Vaccination returns of the Province of Eastern Bengal and Assam - 1905-1912
Year: 1905
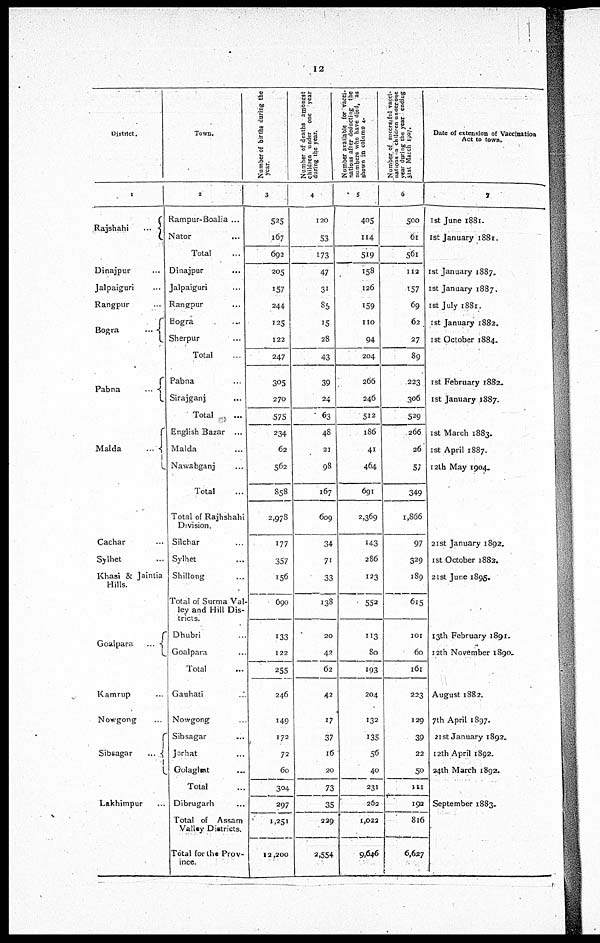
12
District.
1
Rajshahi...
Dinajpur...
Jalpaiguri...
Rangpur...
Bogra...
Pabna...
Malda...
Cachar...
Sylhet...
Khasi & Jaintia
Hills.
Goalpara...
Kamrup...
Nowgong
Sibsagar...
Lakhimpur...
Town.
2
Rampur-Boalia ...
Nator... ...
Total...
Dinajpur...
Jalpaiguri...
Rangpur...
Bogra...
Sherpur...
Total...
Pabna...
Sirajganj...
Total...
English Bazar ...
Malda...
Nawabganj...
Total...
Total of Rajhshahi
Division.
Silchar...
Sylhet...
Shillong...
Total of Surma Val-
ley and Hill Dis-
tricts.
Dhubri...
Goalpara...
Total...
Gaubati...
Nowgong...
Sibsagar...
Jorhat...
Golaghat...
Total...
Dibrugarh...
Total of Assam
Valley Districts.
Total for the Prov-
ince.
Number of births during the
year.
3
525
167
692
205
157
244
125
122
247
305
270
575
234
62
562
858
2,978
177
357
156
690
133
122
255
246
149
172
72
60
304
297
1,251
12,200
Number of deaths amongst
children under one year
during the year.
4
120
53
173
47
31
85
15
28
43
39
24
63
48
21
98
167
609
34
71
33
138
20
42
62
42
17
37
16
20
73
35
229
2,554
Number available for vacci-
nations after deducting the
numbers who have died, as
shown in column 4.
5
405
114
519
158
126
159
110
94
204
266
246
512
186
41
464
691
2,369
143
286
123
552
113
80
193
204
132
135
56
40
231
262
1,022
9,646
Number of successful vacci-
nations on children under one
year during the year ending
31st Match 1907.
6
500
61
561
112
157
69
62
27
89
223
306
529
266
26
57
349
1,866
97
329
189
615
101
60
161
223
129
39
22
50
111
192
816
6,627
Date of extension of Vaccination
Act to town.
7
1st June 1881.
1st January 1881.
1st January 1887.
1st January 1887.
1st July 1881.
1st January 1882.
1st October 1884.
1st February 1882.
1st January 1887.
1st March 1883.
1st April 1887.
12th May 1904.
21st January 1892.
1st October 1882.
21st June 1895.
13th February 1891.
12th November 1890.
August 1882.
7th April 1897.
21 st January 1892.
12th April 1892.
24th March 1892.
September 1883.